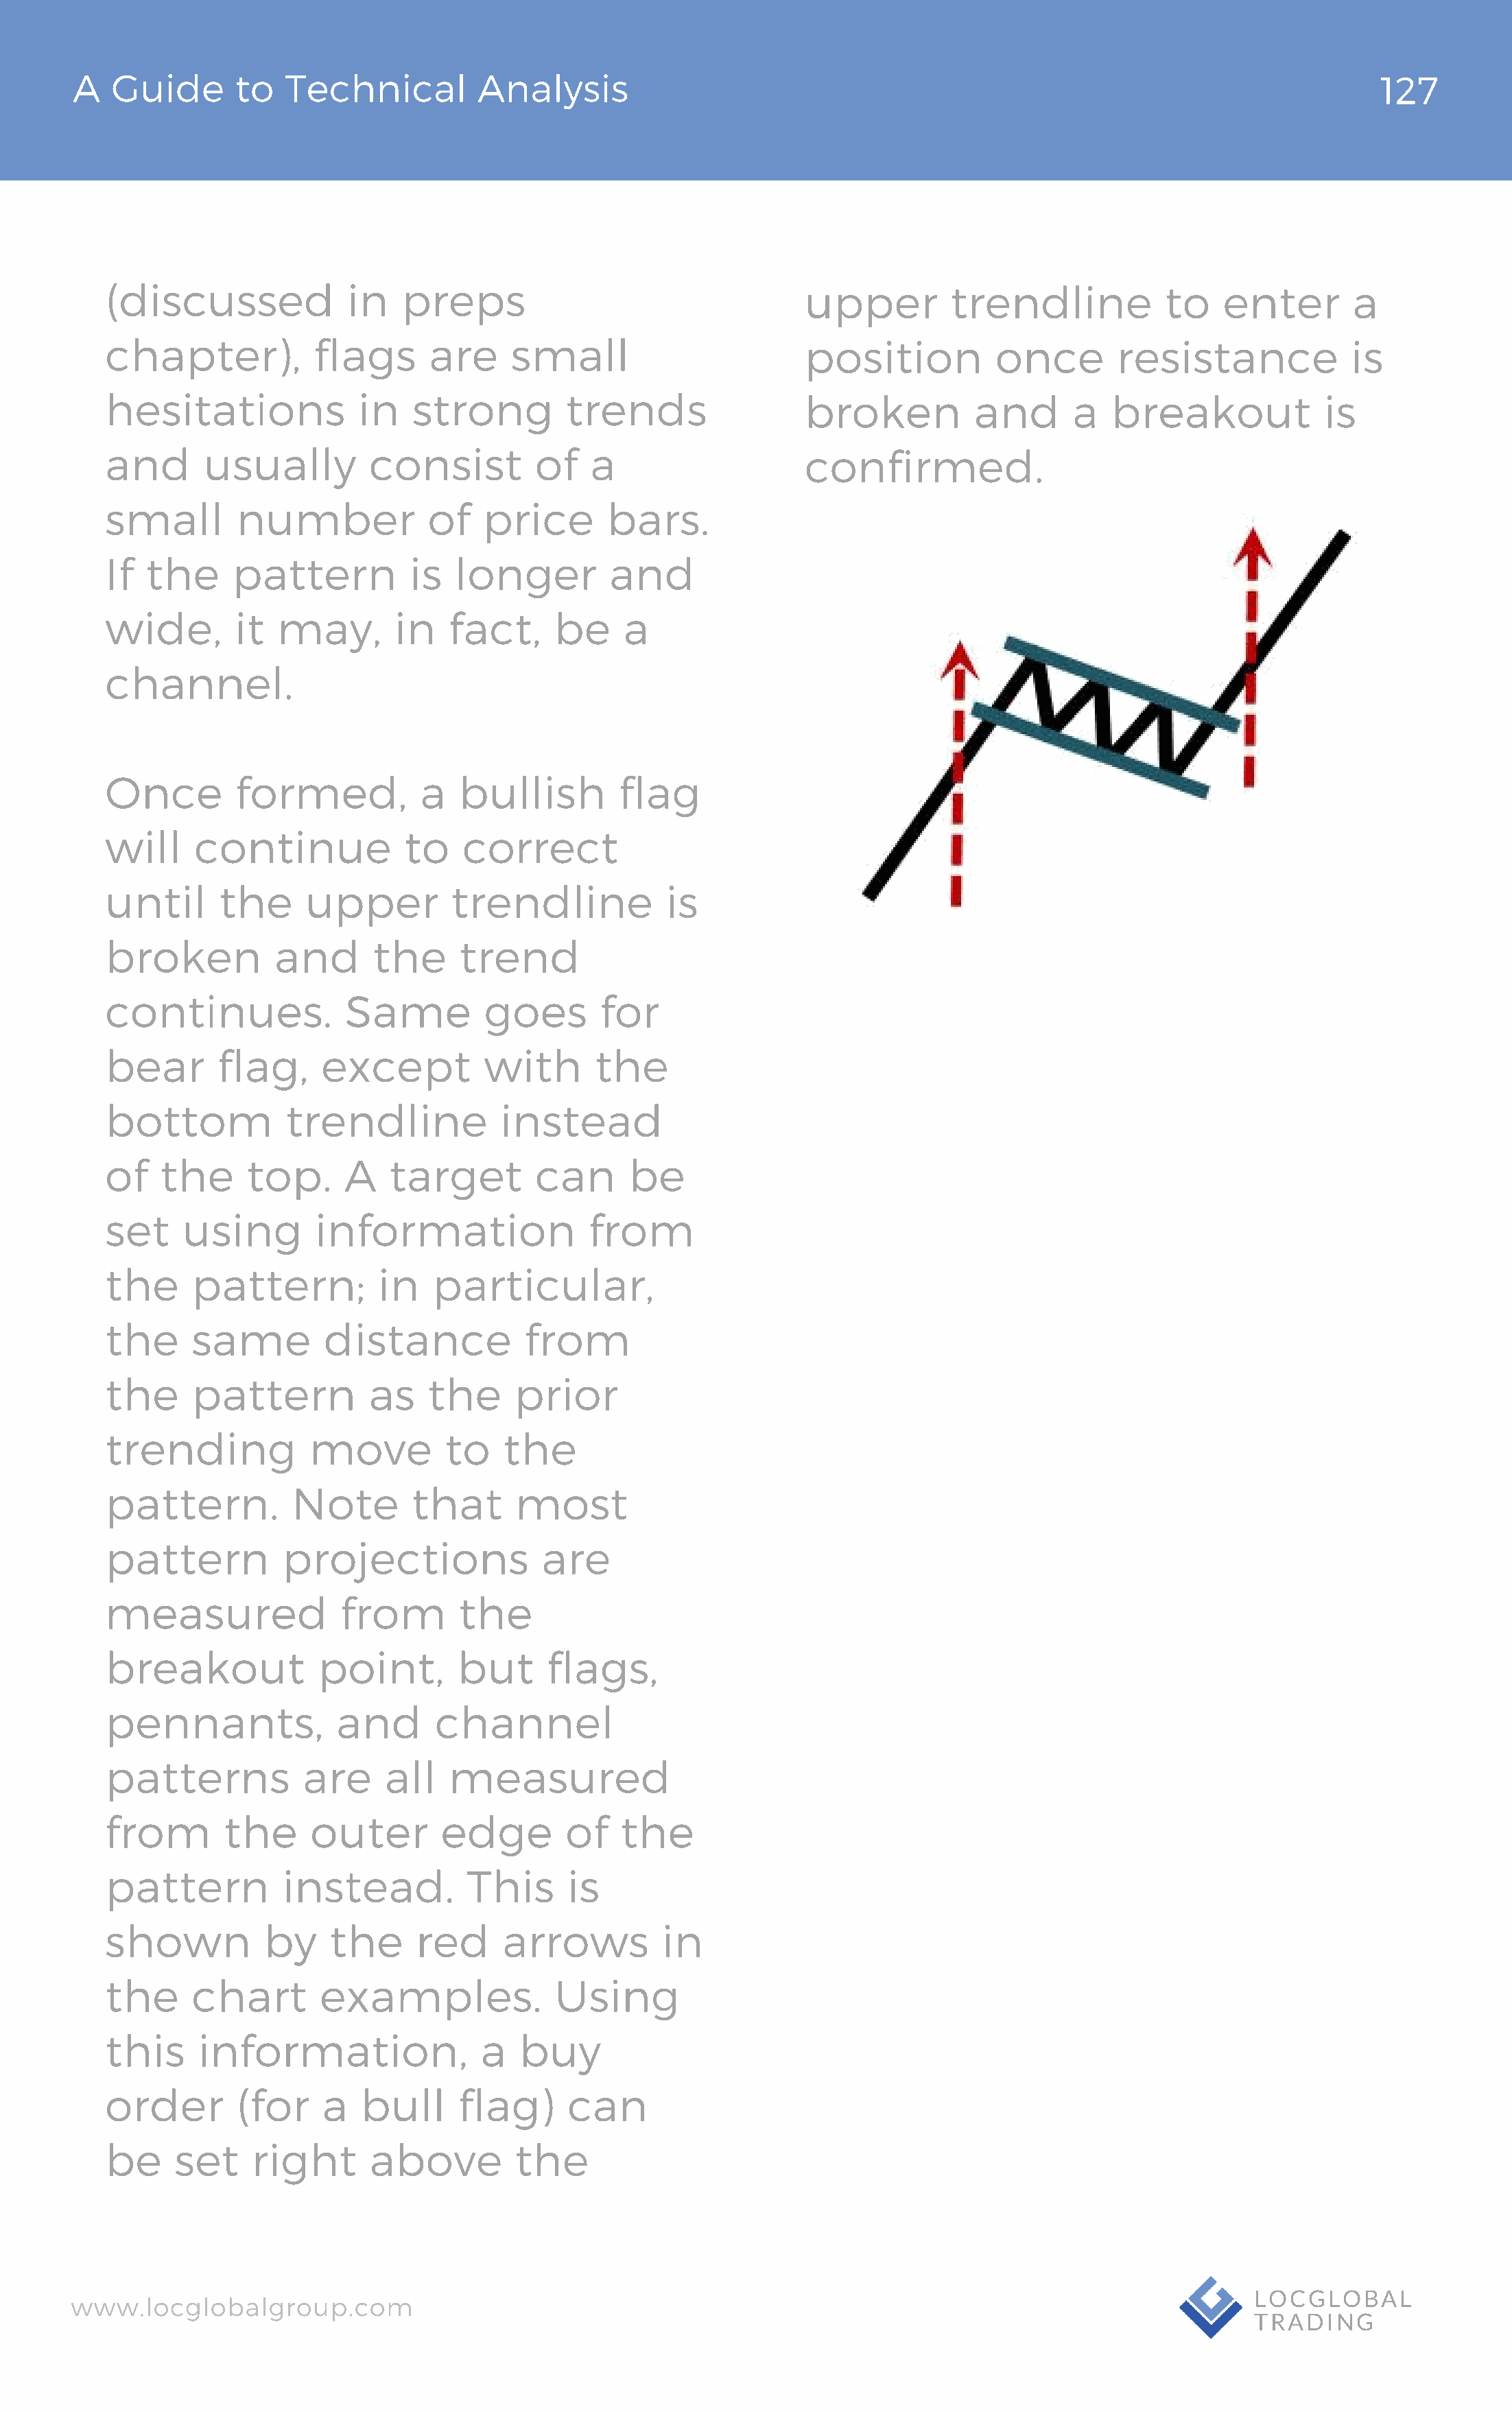
A   Guide       to  Technical          Analysis                                                                               127
 (discussed             in    preps                                  upper         trendline           to    enter       a
 chapter),           flags      are     small                        position          once        resistance            is
 hesitations              in   strong         trends                 broken          and      a   breakout             is
 and       usually         consist         of   a                    confirmed.
 small        number            of    price       bars.
 If  the     pattern           is  longer         and
 wide,        it  may,       in   fact,     be     a
 channel.
 Once         formed,           a  bullish         flag
 will     continue            to    correct
 until      the     upper          trendline           is
 broken          and       the     trend
 continues.             Same          goes       for
 bear       flag,     except          with      the
 bottom            trendline           instead
 of   the      top.     A    target        can      be
 set     using       information                from
 the     pattern;          in    particular,
 the     same         distance            from
 the     pattern           as   the      prior
 trending            move         to    the
 pattern.          Note        that      most
 pattern          projections              are
 measured               from       the
 breakout             point,       but      flags,
 pennants,             and       channel
 p  atterns         are     all   measured
 from        the     outer        edge        of   the
 pattern          instead.          This      is
 shown          by     the     red     arrows          in
 the     chart        examples.              Using
 this     information,               a   buy
 order        (for    a   bull     flag)      can
 be     set    right       above         the
 www.locglobalgroup.com                                                                                            LOCGLOBAL
 TRADING